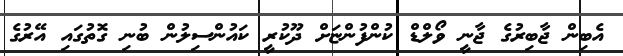
އެބިން ޖާބިރުގެ ޖާނީ ވޯލްޑް ކުންފުންޏަށް ދޫކުރީ ކައުންސިލުން ބުނި ގޮތުގައި އޭރުގެ